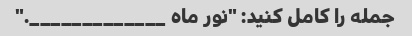
جمله را کامل کنید: "نور ماه _____________."